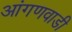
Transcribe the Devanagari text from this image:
आंगणवाडी